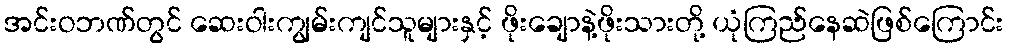
အင်းဝဘဏ်တွင် ဆေးဝါးကျွမ်းကျင်သူများနှင့် ဖိုးချောနဲ့ဖိုးသားတို့ ယုံကြည်နေဆဲဖြစ်ကြောင်း